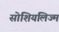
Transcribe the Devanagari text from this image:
सोशियलिज्म